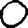
Digit: 0